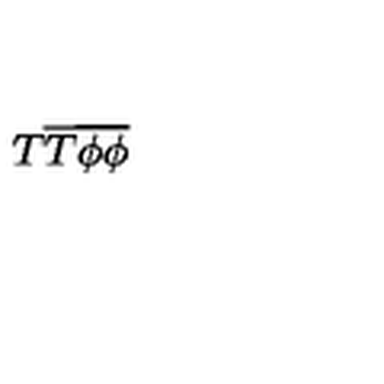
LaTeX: T \overline { { T } } \overline { { \phi } } \overline { { \phi } } \protect